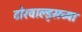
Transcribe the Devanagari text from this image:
टोरवाल्ड्सच्या